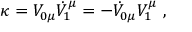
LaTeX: \kappa = V _ { 0 \mu } \dot { V } _ { 1 } ^ { \mu } = - \dot { V } _ { 0 \mu } V _ { 1 } ^ { \mu } ~ ,